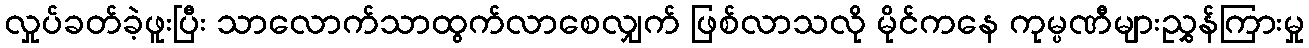
လှုပ်ခတ်ခဲ့ဖူးပြီး သာလောက်သာထွက်လာစေလျှက် ဖြစ်လာသလို မိုင်ကနေ ကုမ္ပဏီများညွှန်ကြားမှု